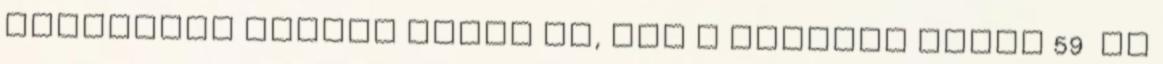
maximális pontot adott rá, míg a Rolling Stone 59 és